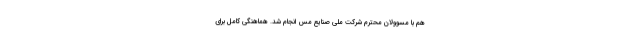
هم با مسوولان محترم شرکت ملی صنایع مس انجام شد. هماهنگی کامل برای